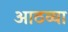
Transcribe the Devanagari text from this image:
आठव्‍या